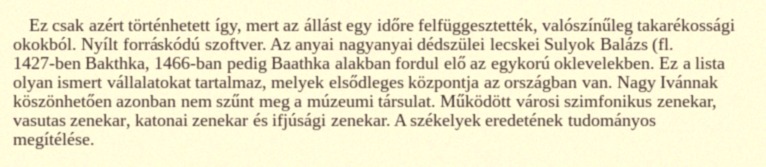
Ez csak azért történhetett így, mert az állást egy időre felfüggesztették, valószínűleg takarékossági okokból. Nyílt forráskódú szoftver. Az anyai nagyanyai dédszülei lecskei Sulyok Balázs (fl. 1427-ben Bakthka, 1466-ban pedig Baathka alakban fordul elő az egykorú oklevelekben. Ez a lista olyan ismert vállalatokat tartalmaz, melyek elsődleges központja az országban van. Nagy Ivánnak köszönhetően azonban nem szűnt meg a múzeumi társulat. Működött városi szimfonikus zenekar, vasutas zenekar, katonai zenekar és ifjúsági zenekar. A székelyek eredetének tudományos megítélése.